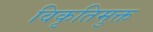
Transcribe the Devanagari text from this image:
विकृतिमुक्त